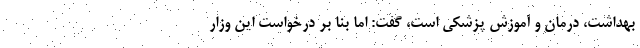
بهداشت، درمان و آموزش پزشکی است، گفت: اما بنا بر درخواست این وزار